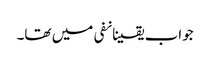
جواب یقینانفی میں تھا۔